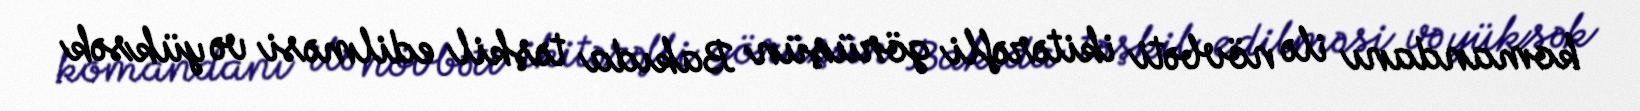
komandanı ilə növbəti ikitərəfli görüşün Bakıda təşkil edilməsi və yüksək